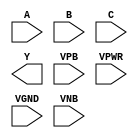
module sky130_fd_sc_ms__nor3 (
    //# {{data|Data Signals}}
    input  A   ,
    input  B   ,
    input  C   ,
    output Y   ,

    //# {{power|Power}}
    input  VPB ,
    input  VPWR,
    input  VGND,
    input  VNB
);
endmodule